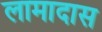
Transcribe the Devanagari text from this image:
लामादास